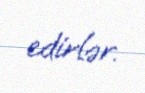
edirlər.